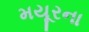
મયૂરના